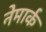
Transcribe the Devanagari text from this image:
नेमार्क